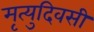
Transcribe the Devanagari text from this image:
मृत्युदिवसी